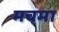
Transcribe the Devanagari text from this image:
मचमा